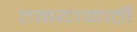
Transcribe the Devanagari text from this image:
तळयाकाठी